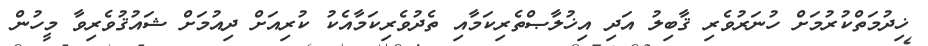
ޚިދުމަތްކުރުމަށް ހުނަރުވެރި ޤާބިލު އަދި އިޚުލާޞްތެރިކަމާއި ތެދުވެރިކަމާއެކު ކުރިއަށް ދިއުމަށް ޝައުޤުވެރިވާ މީހުން